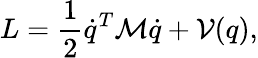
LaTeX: L=\frac 12\dot{q}^{T}{\cal M}\dot{q}+{\cal V}(q),